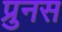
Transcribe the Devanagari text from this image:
प्रुनस